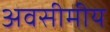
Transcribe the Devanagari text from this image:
अवसीमीय